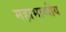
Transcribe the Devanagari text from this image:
महाभाष्यीय